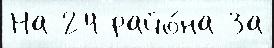
На 24 райо́на За